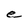
Character: e